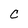
Character: C